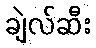
ချဲလ်ဆီး